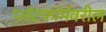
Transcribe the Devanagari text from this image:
प्लॅटफॉर्मवरील